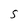
Character: S